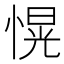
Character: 愰